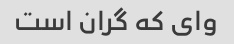
وای که گران است